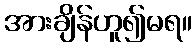
အားချိန်ဟူ၍မရ။